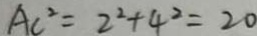
A C ^ { 2 } = 2 ^ { 2 } + 4 ^ { 2 } = 2 0